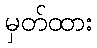
မှတ်ထား